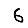
Digit: 6